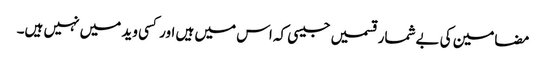
مضامین کی بےشمار قسمیں جیسی کہ اس میں ہیں اور کسی وید میں نہیں ہیں۔